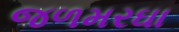
જળમરઘા